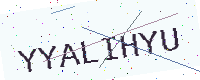
Text: YYALIHYU